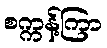
စက္ကန့်ကြာ